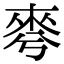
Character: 𣓚